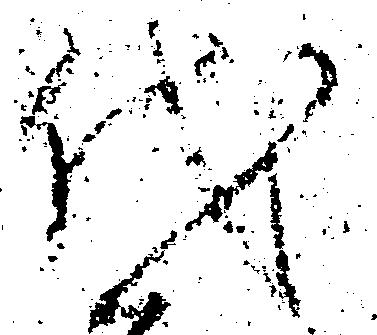
代